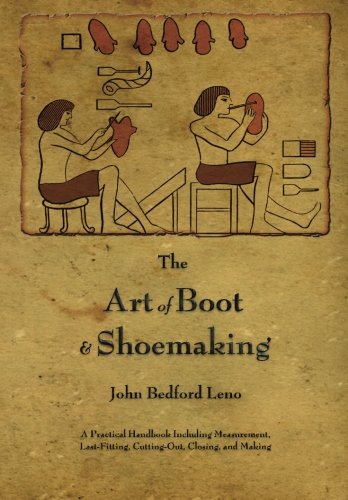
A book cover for The Art of Boot and Shoemaking: A Practical Handbook Including Measurement, Last-Fitting, Cutting-Out, Closing, and Making; John Bedford Leno; Arts & Photography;